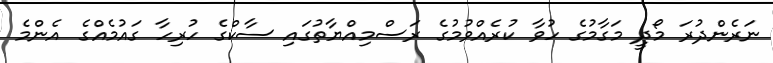
ނަރެންދުރަ މޯދީ މަގާމުގެ ހުވާ ކުރެއްވުމުގެ ރަސްމިއްޔާތުގައި ސާކްގެ ހުރިހާ ގައުމެއްގެ އެންމެ